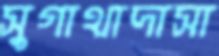
সুগাথাদাসা